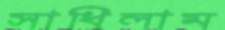
সাধিলাম